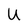
Character: U